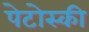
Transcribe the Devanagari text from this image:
पेटोस्की